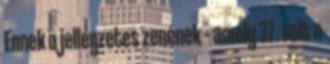
Ennek a jellegzetes zenének – amely 37. volt a